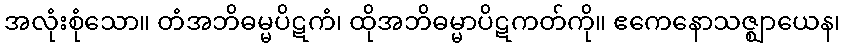
အလုံးစုံသော။ တံအဘိဓမ္မပိဋကံ၊ ထိုအဘိဓမ္မာပိဋကတ်ကို။ ဧကေနောသဇ္ဈာယေန၊